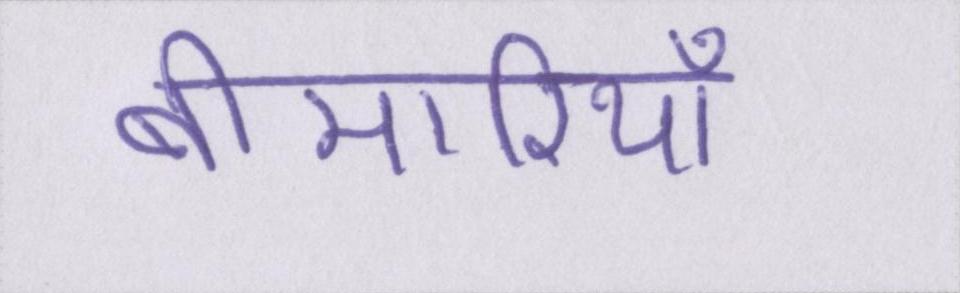
बीमारियाँ